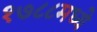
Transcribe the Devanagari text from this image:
१७८८मध्ये